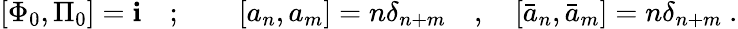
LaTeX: [\Phi_{0},\Pi_{0}]=\mathbf{i}\quad;\qquad[a_{n},a_{m}]=n\delta_{n+m}\quad,\quad[\bar{{a}}_{n},\bar{{a}}_{m}]=n\delta_{n+m}\ .